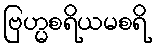
ဗြဟ္မစရိယမစရိ